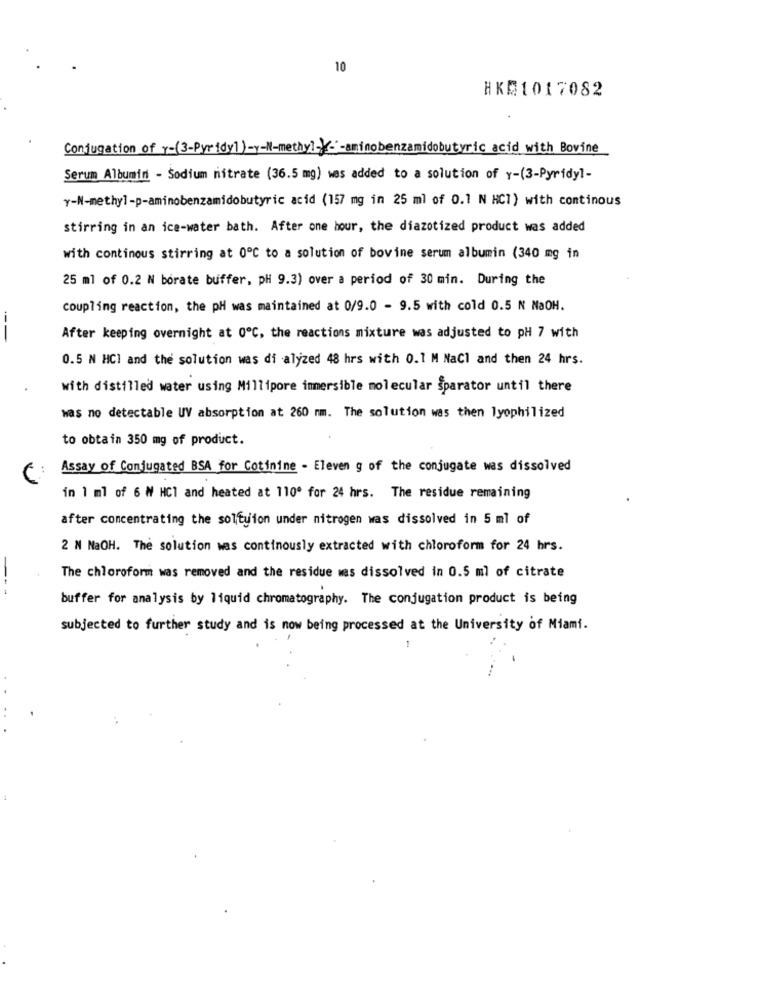
10
HK51017082
Conjugation of Y-(3-Pyridy1)-y-M-methyl --- aminobenzamidobutyric acid with Bovine
Serum Albumin - Sodium nitrate (36.5 mg) was added to a solution of y-(3-Pyridyl-
y-N-methyl-p-aminobenzamidobutyric acid (157 mg in 25 ml of 0.1 N HCI) with continous
stirring in an ice-water bath. After one hour, the diazotized product was added
with continous stirring at 0℃ to a solution of bovine serum albumin (340 mg in
25 ml of 0.2 N borate buffer, pH 9.3) over a period of 30 min. During the
coupling reaction, the pH was maintained at 0/9.0 - 9.5 with cold 0.5 N NaOH.
--
After keeping overnight at 0℃, the reactions mixture was adjusted to pH 7 with
0.5 N HCI and the solution was di alyzed 48 hrs with 0.1 M NaCl and then 24 hrs.
with distilled water using Millipore immersible molecular Sparator until there
was no detectable UV absorption at 260 nm. The solution was then lyophilized
to obtain 350 mg of product.
Assay of Conjugated BSA for Cotinine - Eleven g of the conjugate was dissolved
C:
in 1 ml of 6 W HCl and heated at 110º for 24 hrs. The residue remaining
after concentrating the soltyion under nitrogen was dissolved in 5 ml of
2 N NaOH. The solution was continously extracted with chloroform for 24 hrs.
The chloroform was removed and the residue was dissolved in 0.5 ml of citrate
buffer for analysis by liquid chromatography. The conjugation product is being
subjected to further study and is now being processed at the University of Miami.